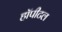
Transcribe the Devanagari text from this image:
हॉपीटल